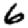
Digit: 6